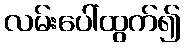
လမ်းပေါ်ထွက်၍